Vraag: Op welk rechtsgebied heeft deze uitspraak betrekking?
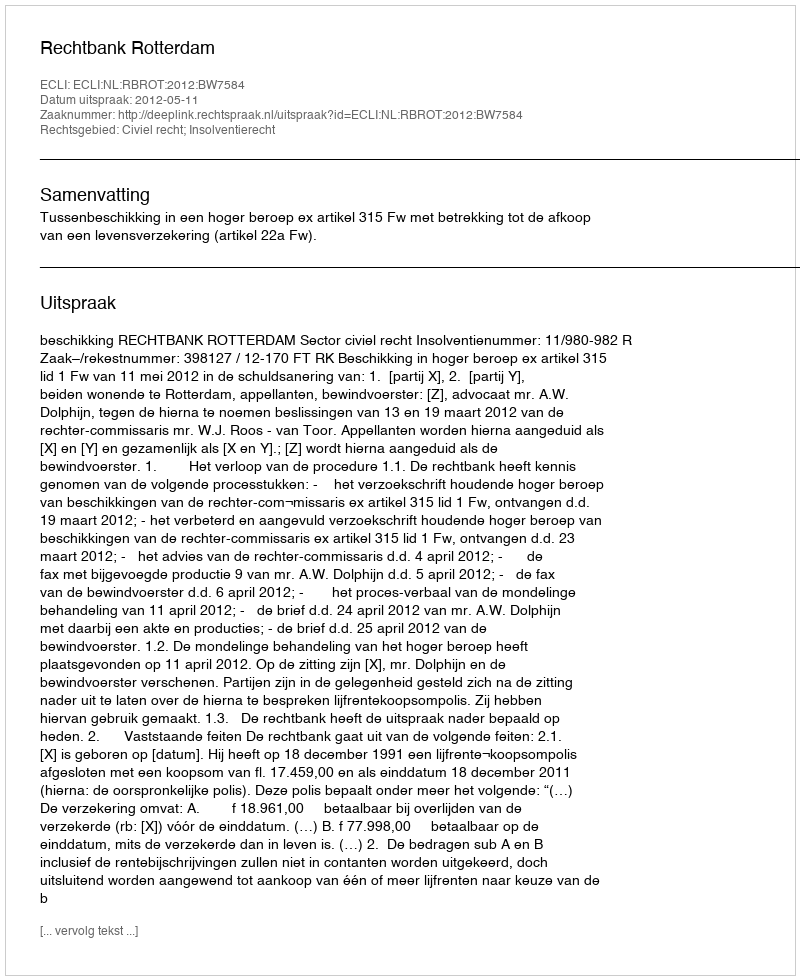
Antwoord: Civiel recht; Insolventierecht